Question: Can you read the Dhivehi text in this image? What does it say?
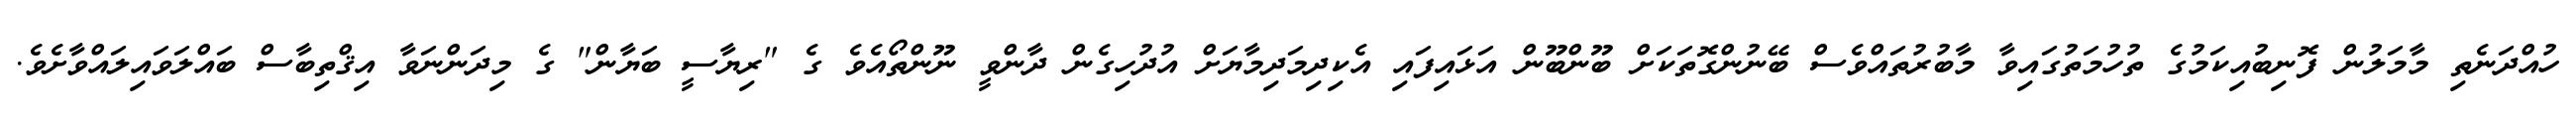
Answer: ހުއްދަނެތި މާމަލުން ފޮނިބުއިކަމުގެ ތުހުމަތުގައިވާ މާބުރުތައްވެސް ބޭނުންގޮތަކަށް ބޫންބޫން އަޅައިފައި އެކިދިމަދިމާޔަށް އުދުހިގެން ދާންވީ ނޫންތޯއެވެ ގެ "ރިޔާސީ ބަޔާން" ގެ މިދަންނަވާ އިޤްތިބާސް ބައްލަވައިލައްވާށެވެ.